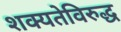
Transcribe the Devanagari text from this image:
शक्यतेविरुद्ध